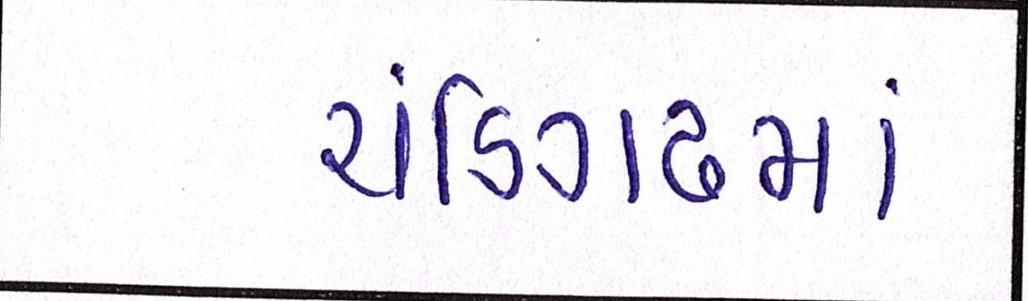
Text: ચંડિગઢમાં